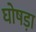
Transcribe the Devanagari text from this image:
घोषड़ा